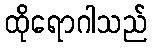
ထိုရောဂါသည်